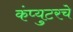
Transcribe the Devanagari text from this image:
कंप्युटरचे